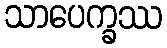
သာပေက္ခဿ